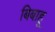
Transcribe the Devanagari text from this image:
बिबाहू